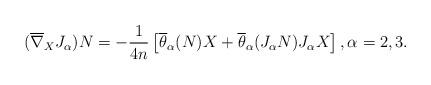
LaTeX: \begin{align*}(\overline \nabla _XJ_\alpha )N=-\frac{1}{4n}\left[\overline \theta _\alpha (N)X+\overline \theta _\alpha (J_\alpha N)J_\alpha X\right] , \alpha =2,3 .\end{align*}